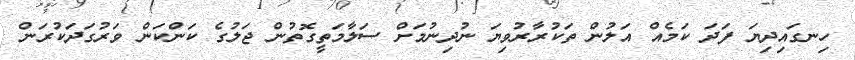
ހިނގައިދިޔަ ފަދަ ކަމެއް އަލުން ތަކުރާރުވިޔަ ނުދިނުމަށް ސަލާމަތީގޮތުން ޖަލުގެ ކަންކަން ވަރުގަދަކުރަން